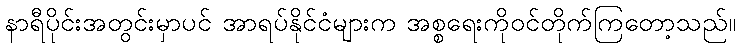
နာရီပိုင်းအတွင်းမှာပင် အာရပ်နိုင်ငံများက အစ္စရေးကိုဝင်တိုက်ကြတော့သည်။